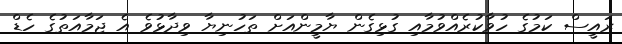
ރައީސް ކަމުގެ ހުވާކުރެއްވުމާއި ގުޅިގެން ޔާމީންއަށް ތަހުނިޔާ ވިދާޅުވެ އެ ޖަމާއަތުގެ ހެޑް